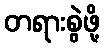
တရားစွဲဖို့